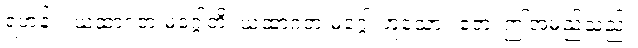
ရဟန်း။ ယထာဂတ မဂ္ဂေါတိ၊ ယထာဂတ မဂ္ဂေါ ဟူသော။ ဧတံ၊ ဤအမည်သည်။